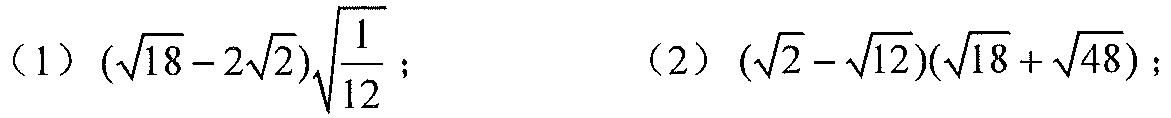
（1）$(\sqrt{18}-2\sqrt{2})\sqrt{\frac{1}{12}}$； （2）$(\sqrt{2}-\sqrt{12})(\sqrt{18}+\sqrt{48})$；